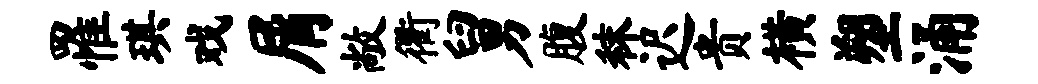
罹琪戏屑敞衢舅腹秣迟贵横塑涌